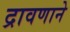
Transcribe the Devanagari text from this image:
द्रावणाने